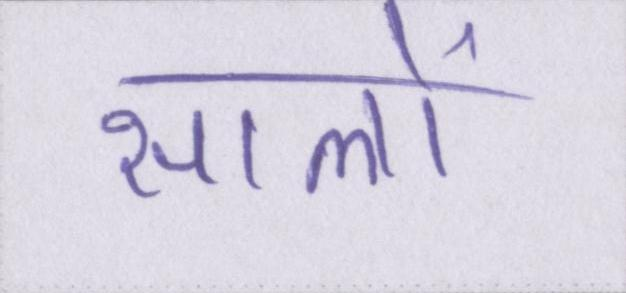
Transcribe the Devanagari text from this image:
सालों